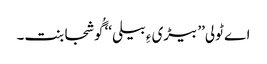
اے ٹولی’’ بیڑی ءِ بیلی‘‘ گُوشجابنت۔